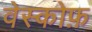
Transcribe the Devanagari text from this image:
वेस्कोफ़